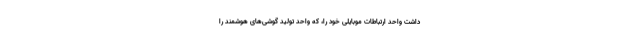
داشت واحد ارتباطات موبایلی خود را، که واحد تولید گوشی‌های هوشمند را